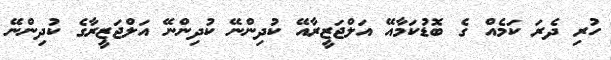
ހުރި ދެރަ ކަމެއް ގެ ބޮޑުކަމާއޭ އަލްޖަޒީރާއޭ ކުދިންނޭ ކުދިންނޭ އަލްޖަޒީރާގެ ކުދިންނޭ